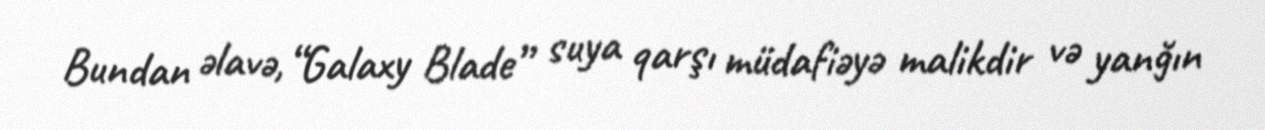
Bundan əlavə, “Galaxy Blade” suya qarşı müdafiəyə malikdir və yanğın